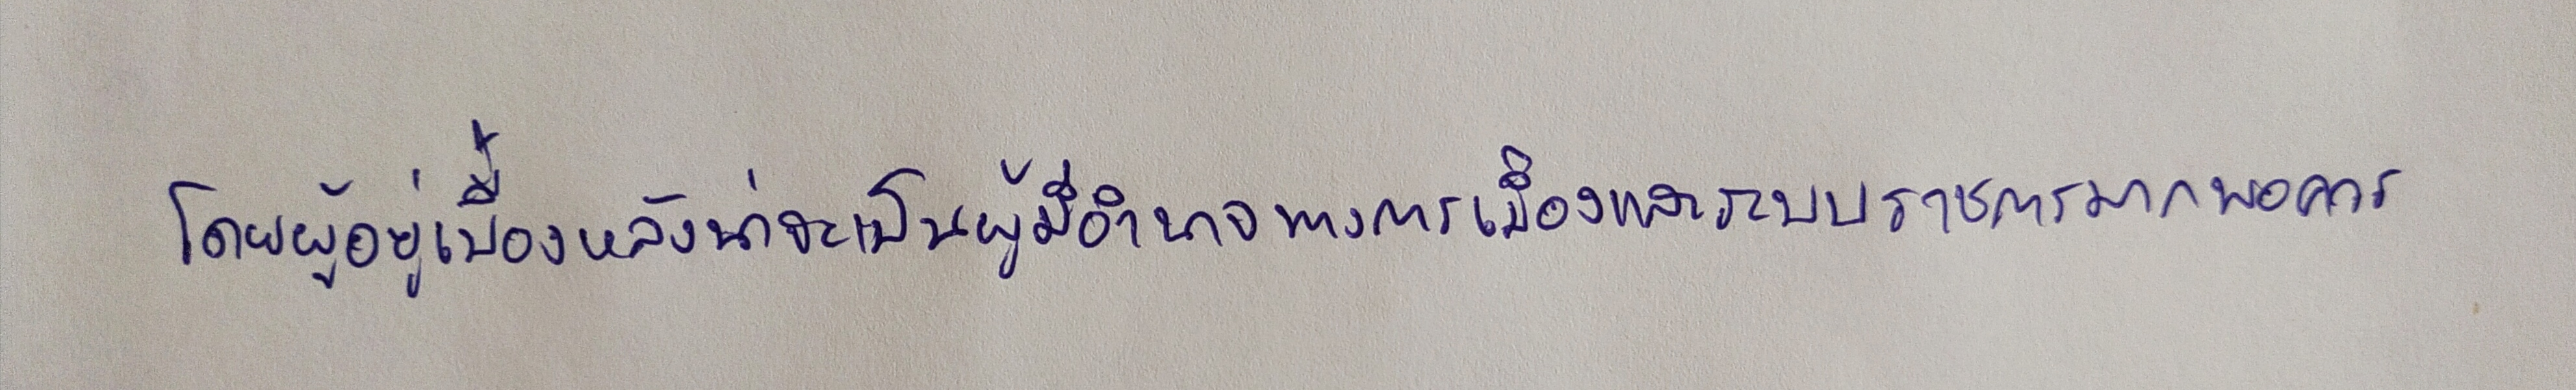
โดยผู้อยู่เบื้องหลังน่าจะเป็นผู้มีอำนาจทางการเมืองและระบบราชการมากพอควร